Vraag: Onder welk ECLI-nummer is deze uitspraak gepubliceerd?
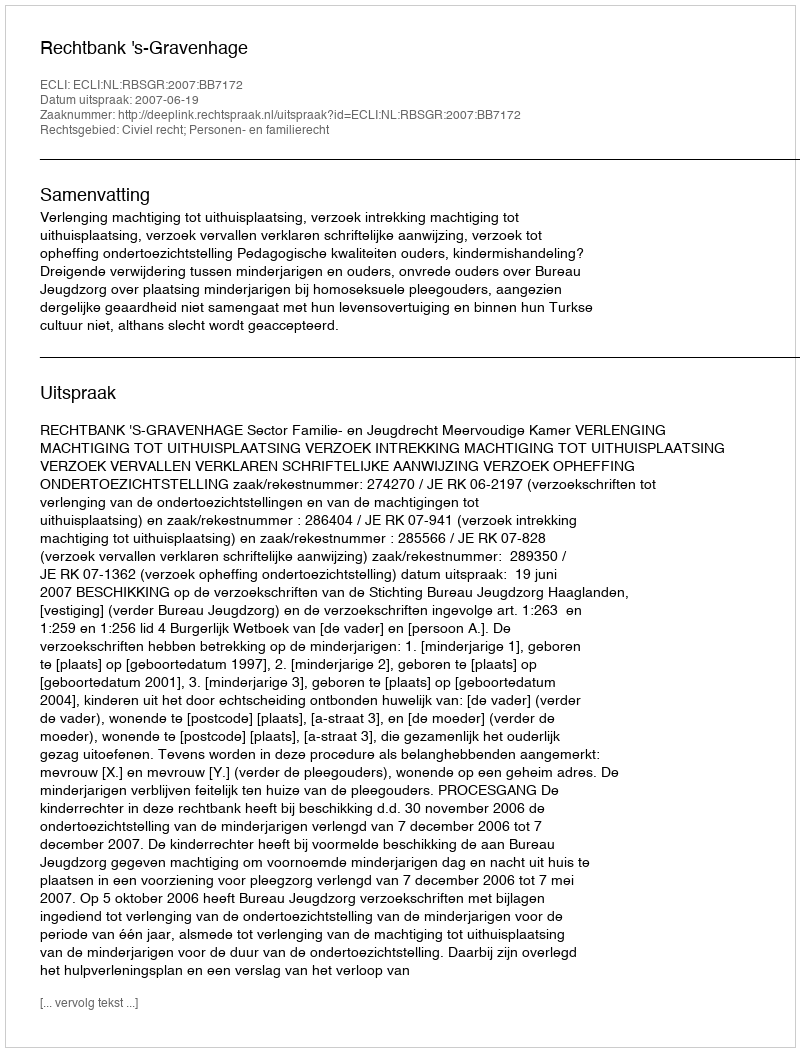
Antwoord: ECLI:NL:RBSGR:2007:BB7172